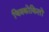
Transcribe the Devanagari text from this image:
चित्रकोकिलों